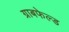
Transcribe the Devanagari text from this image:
ग्राबफेल्ड